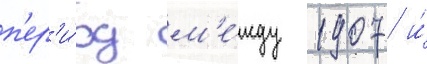
п'ер'и́од м'е́жду 1907 и́